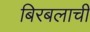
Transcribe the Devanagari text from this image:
बिरबलाची